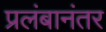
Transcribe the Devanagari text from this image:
प्रलंबानंतर